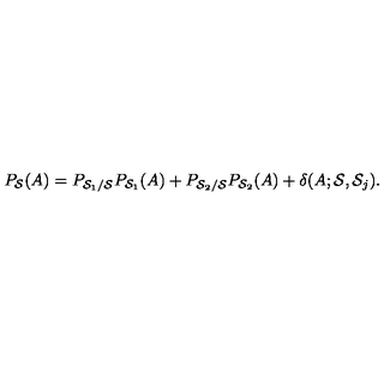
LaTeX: P _ { { \cal S } } ( A ) = P _ { { \cal S } _ { 1 } / { \cal S } } P _ { { \cal S } _ { 1 } } ( A ) + P _ { { \cal S } _ { 2 } / { \cal S } } P _ { { \cal S } _ { 2 } } ( A ) + \delta ( A ; { \cal S } , { \cal S } _ { j } ) .